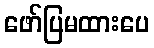
ဖော်ပြမထားပေ